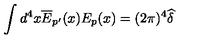
\int d ^ { 4 } x \overline { { E } } _ { p ^ { \prime } } ( x ) E _ { p } ( x ) = ( 2 \pi ) ^ { 4 } \widehat { \delta }